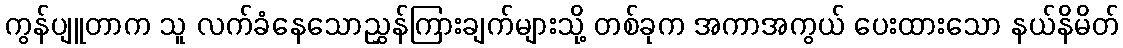
ကွန်ပျူတာက သူ လက်ခံနေသောညွှန်ကြားချက်များသို့ တစ်ခုက အကာအကွယ် ပေးထားသော နယ်နိမိတ်